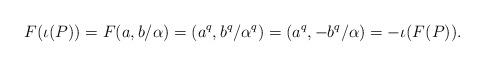
LaTeX: \begin{align*} F(\iota(P)) = F(a,b/\alpha) = (a^q, b^q/\alpha^q) = (a^q, -b^q/\alpha) = -\iota(F(P)).\end{align*}